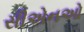
સીએનઓ